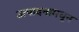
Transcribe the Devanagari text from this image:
उत्पादनामधून